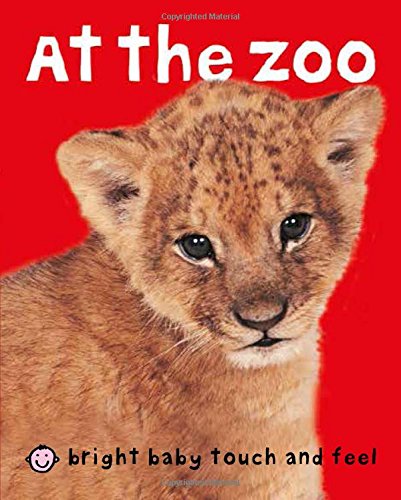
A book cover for Bright Baby Touch & Feel At the Zoo (Bright Baby Touch and Feel); Roger Priddy; Children's Books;